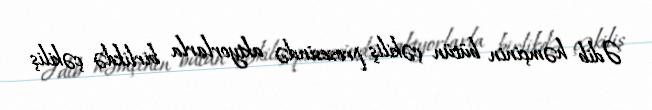
Ədib həmçinin bütün çəkiliş prosesində aktyorlarla birlikdə çəkiliş